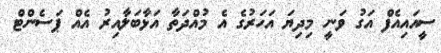
ސީއައިއެފް އަގު ވަނީ މިދިޔަ އަހަރުގެ އެ މުއްދަތާ އަޅާބަލާއިރު އެއް ޕަސެންޓް